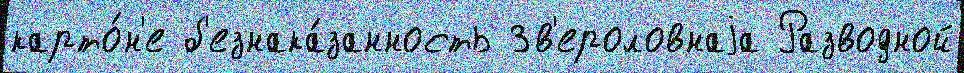
карто́н'е б'езнака́занность Зв'ероловнаjа Разводной